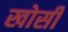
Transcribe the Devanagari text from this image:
खोसी